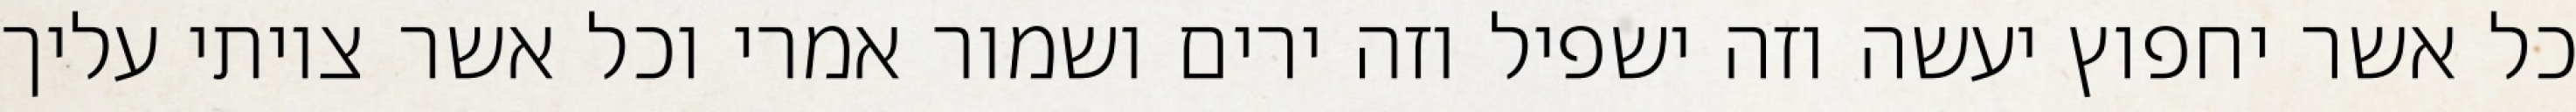
כל אשר יחפוץ יעשה וזה ישפיל וזה ירים ושמור אמרי וכל אשר צויתי עליך